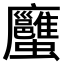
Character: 𧖇